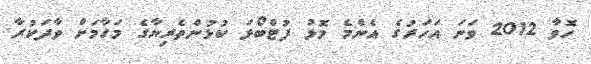
ހޮވާ 2012 ވަނަ އަހަރުގެ އެންމެ މޮޅު ފުޓްބޯޅަ ކުޅުންތެރިޔާގެ މަގާމަށް ވާދަކުރާ